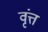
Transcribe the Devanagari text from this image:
वृंत्त